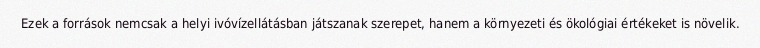
Ezek a források nemcsak a helyi ivóvízellátásban játszanak szerepet, hanem a környezeti és ökológiai értékeket is növelik.